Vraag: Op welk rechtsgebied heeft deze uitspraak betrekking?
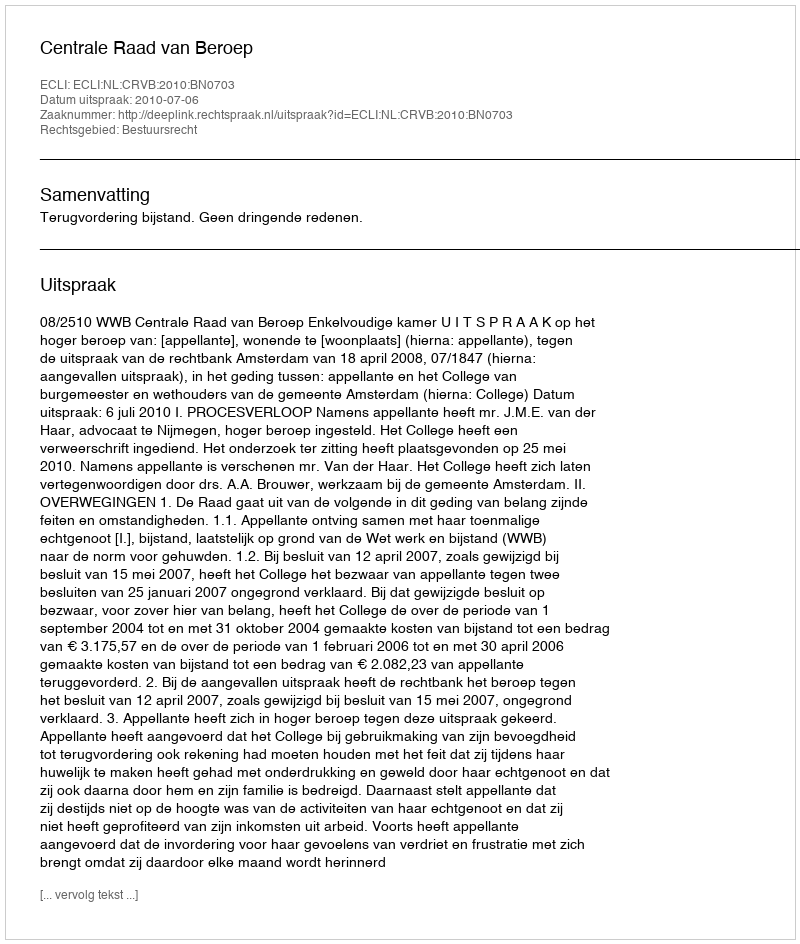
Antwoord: Bestuursrecht